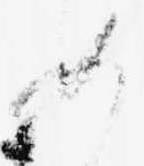
如